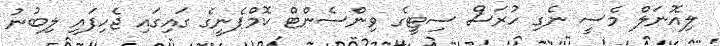
ލިއޮނަލް މެސީ ނެގި ހުރަސް ސިޓީގެ ވިންސެންޓް ކޮމްޕެނީގެ ގައިގައި ޖެހިފައި ލިބުނު